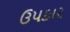
ઉપકાર